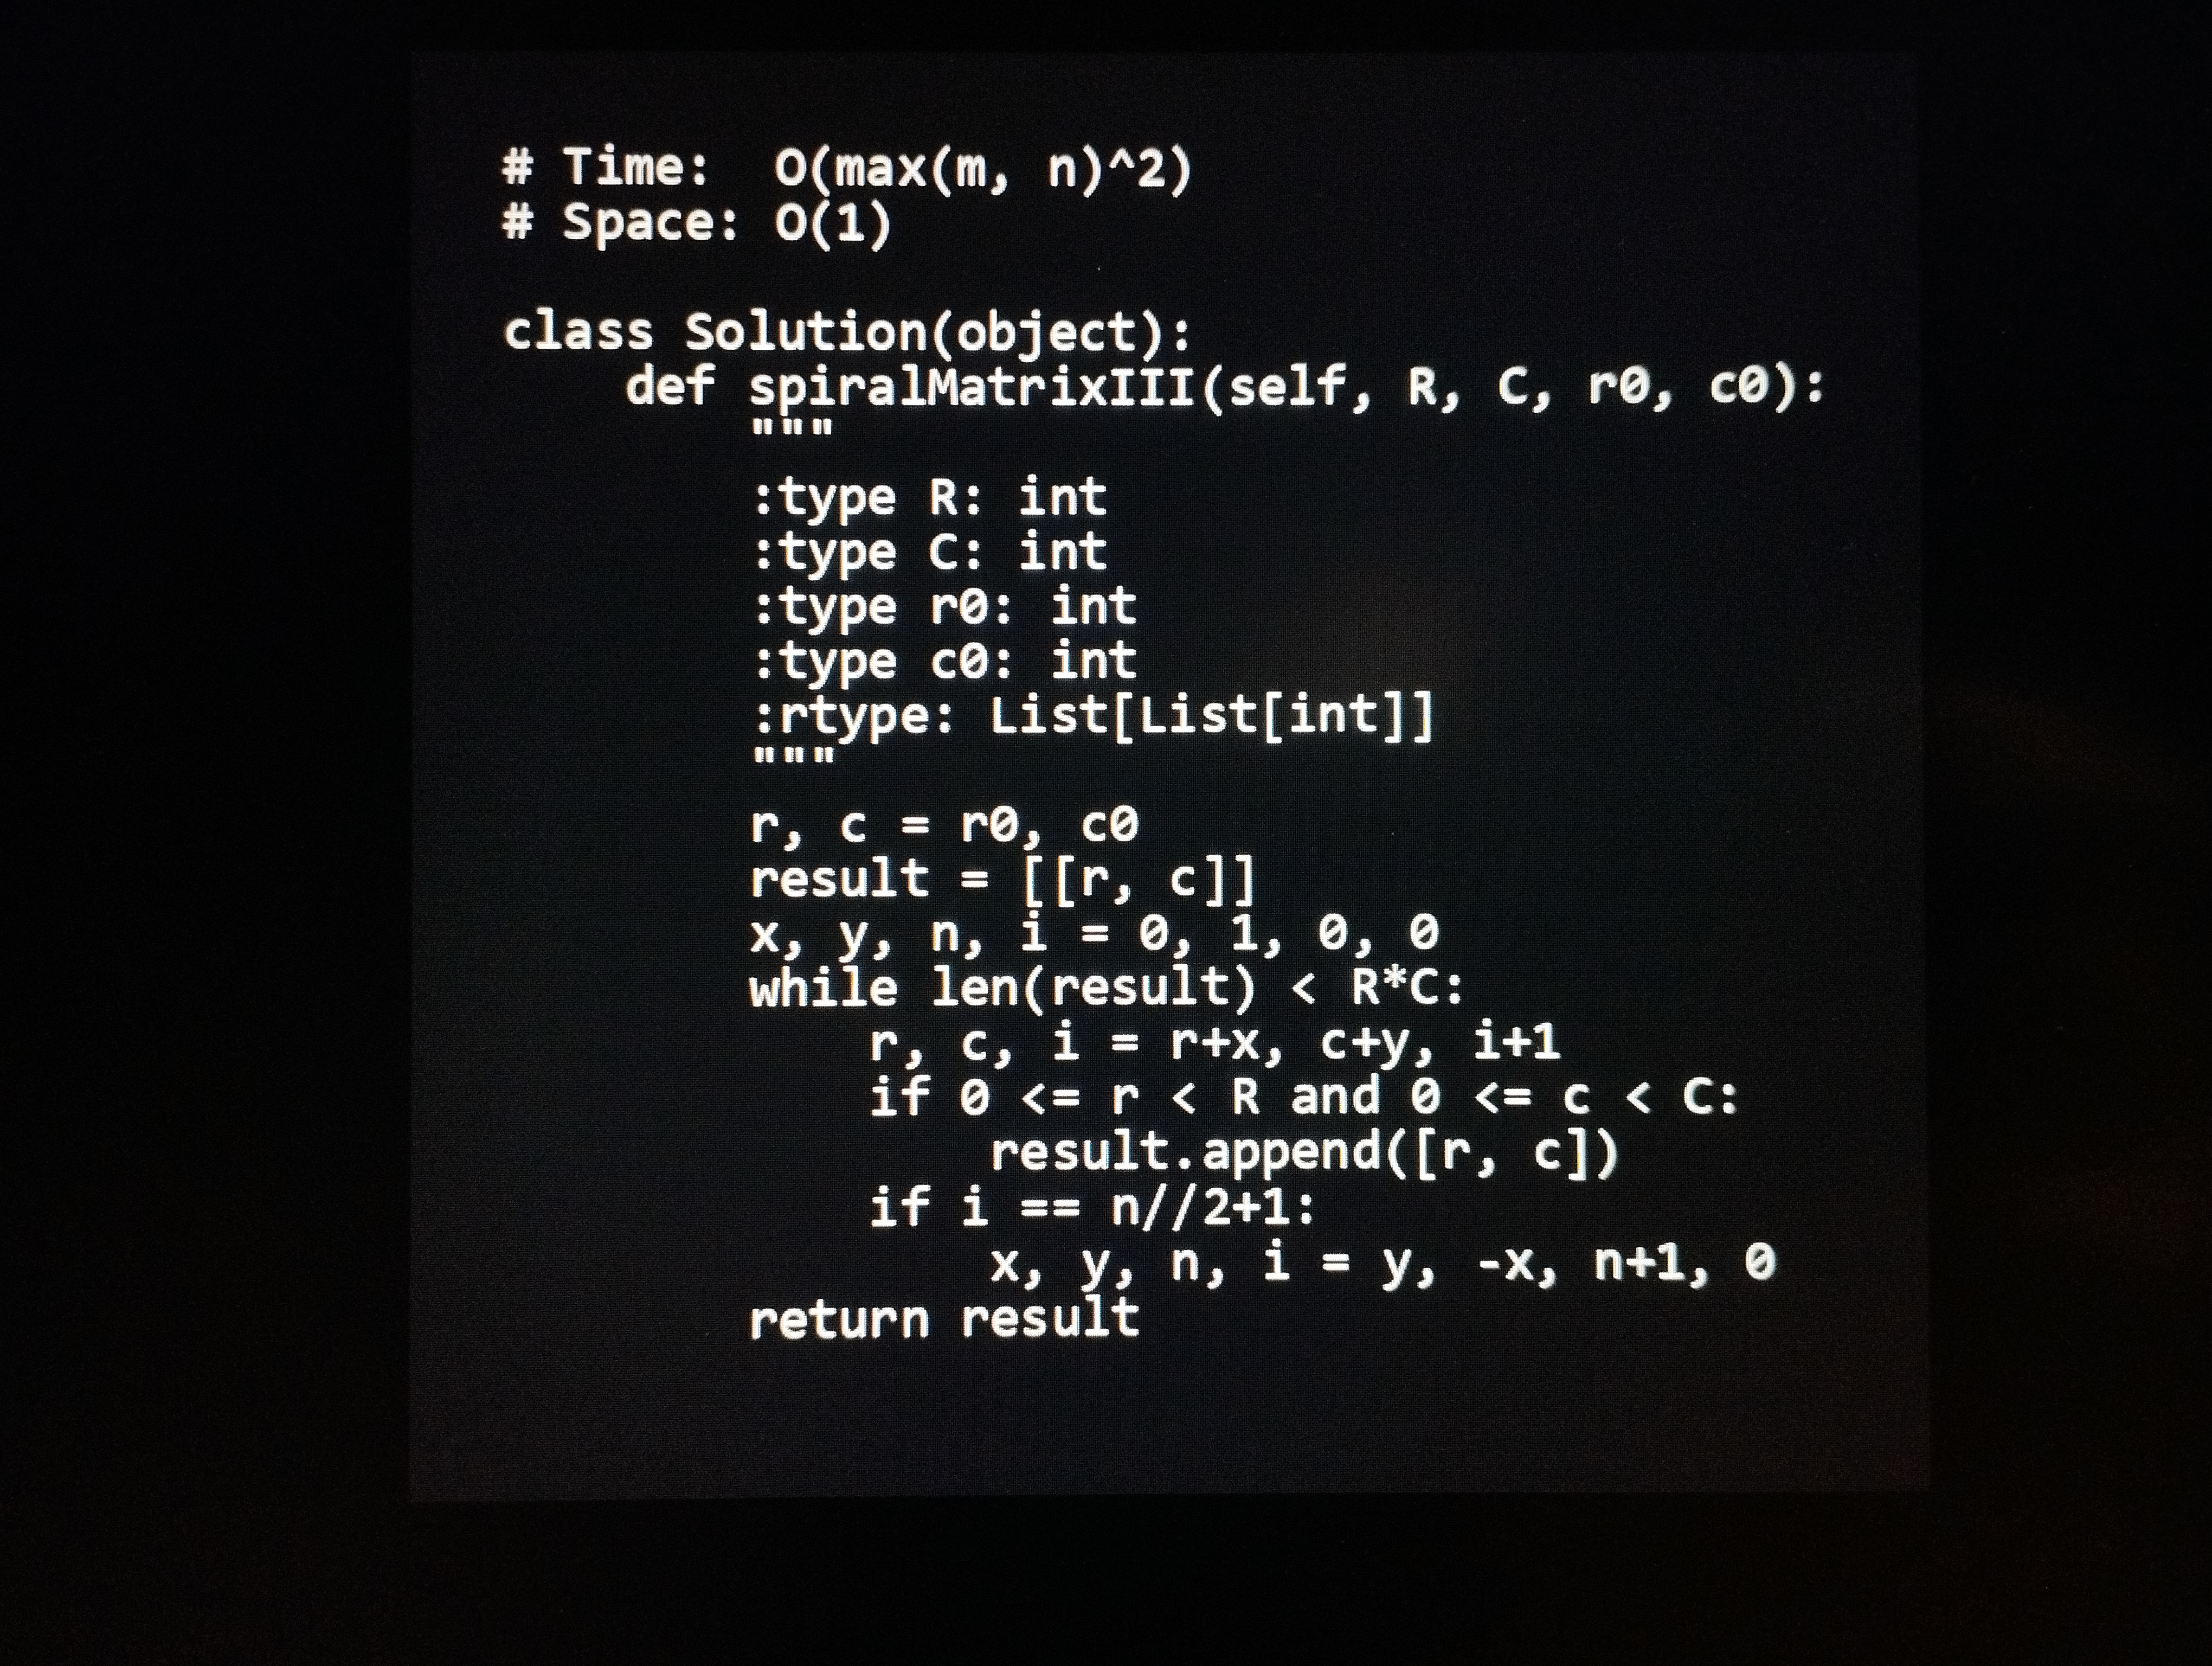
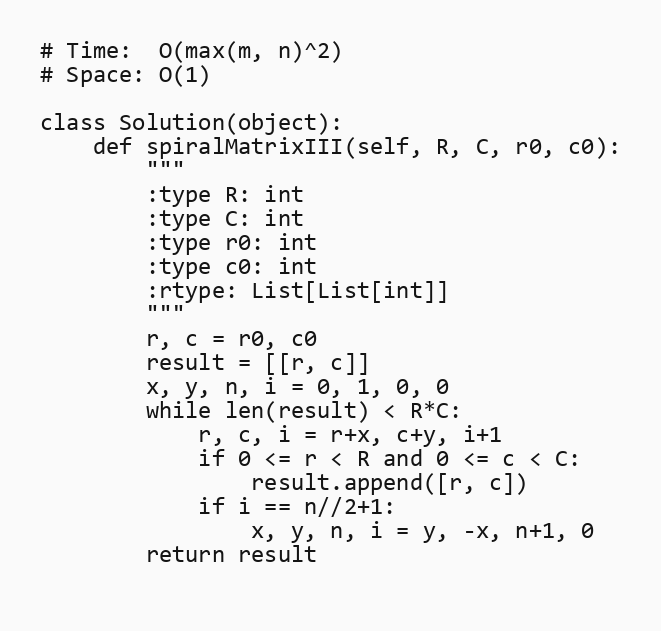
# Time:  O(max(m, n)^2)
# Space: O(1)

class Solution(object):
    def spiralMatrixIII(self, R, C, r0, c0):
        """
        :type R: int
        :type C: int
        :type r0: int
        :type c0: int
        :rtype: List[List[int]]
        """
        r, c = r0, c0
        result = [[r, c]]
        x, y, n, i = 0, 1, 0, 0
        while len(result) < R*C:
            r, c, i = r+x, c+y, i+1
            if 0 <= r < R and 0 <= c < C:
                result.append([r, c])
            if i == n//2+1:
                x, y, n, i = y, -x, n+1, 0
        return result